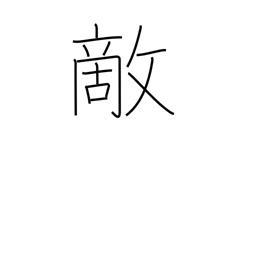
Meaning: foe